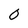
Character: 0